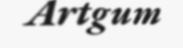
Artgum